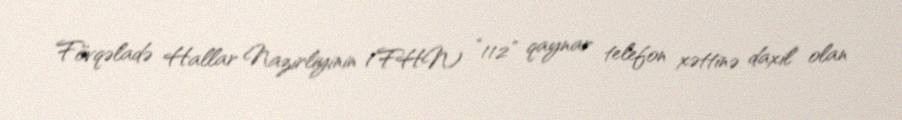
Fövqəladə Hallar Nazirliyinin (FHN) “112” qaynar telefon xəttinə daxil olan